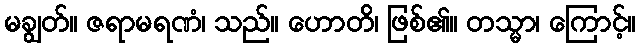
မချွတ်။ ဇရာမရဏံ၊ သည်။ ဟောတိ၊ ဖြစ်၏။ တသ္မာ၊ ကြောင့်။